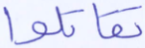
تقاتلوا